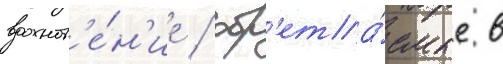
вдохнов'е́н'ие / обр'ета́емые в